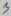
Text: 3